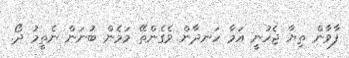
ފާވާން ތިޔާ ޖެހުނީ އަމާ ހަނދާން ވެގެންތޭ މަމެން ބުނަން ނެތީމު ދޯ.